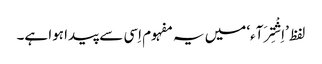
لفظ ’اِشْتِرَآء‘ میں یہ مفہوم اِسی سے پیدا ہوا ہے۔